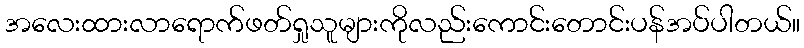
အလေးထားလာရောက်ဖတ်ရှုသူများကိုလည်းကောင်းတောင်းပန်အပ်ပါတယ်။